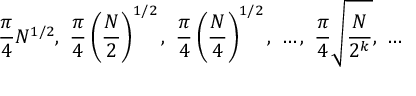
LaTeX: { \frac { \pi } { 4 } } { N } ^ { 1 / 2 } , \ { \frac { \pi } { 4 } } \left( { \frac { N } { 2 } } \right) ^ { 1 / 2 } , \ { \frac { \pi } { 4 } } \left( { \frac { N } { 4 } } \right) ^ { 1 / 2 } , \ \ldots , \ { \frac { \pi } { 4 } } { \sqrt { \frac { N } { 2 ^ { k } } } } , \ \ldots